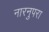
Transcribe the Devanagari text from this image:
नारनुपरा